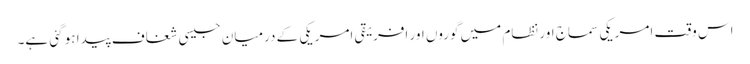
اس وقت امریکی سماج اور نظام میں گوروں اور افریقی امریکی کے درمیان جیسی شغاف پیدا ہو گئی ہے۔